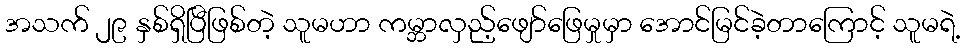
အသက် ၂၉ နှစ်ရှိပြီဖြစ်တဲ့ သူမဟာ ကမ္ဘာလှည့်ဖျော်ဖြေမှုမှာ အောင်မြင်ခဲ့တာကြောင့် သူမရဲ့